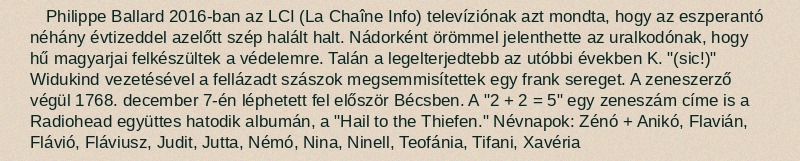
Philippe Ballard 2016-ban az LCI (La Chaîne Info) televíziónak azt mondta, hogy az eszperantó néhány évtizeddel azelőtt szép halált halt. Nádorként örömmel jelenthette az uralkodónak, hogy hű magyarjai felkészültek a védelemre. Talán a legelterjedtebb az utóbbi években K. "(sic!)" Widukind vezetésével a fellázadt szászok megsemmisítettek egy frank sereget. A zeneszerző végül 1768. december 7-én léphetett fel először Bécsben. A "2 + 2 = 5" egy zeneszám címe is a Radiohead együttes hatodik albumán, a "Hail to the Thiefen." Névnapok: Zénó + Anikó, Flavián, Flávió, Fláviusz, Judit, Jutta, Némó, Nina, Ninell, Teofánia, Tifani, Xavéria